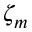
\zeta _ { m }